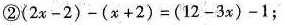
② $$( 2 x- 2 ) - (x + 2 ) = ( 1 2 - 3 x ) - 1$$；